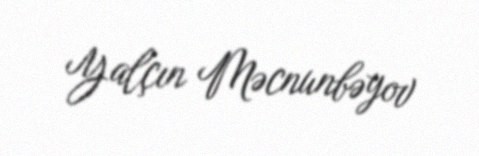
Yalçın Məcnunbəyov